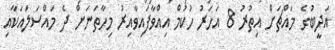
އަދީބުގެ މައްޗަށް އިތުރު 8 އަހަރު ހުކުމް އިއްވާފައިވާއިރު މިހާތަނަށް ދެ މައްސަލަައަކާއި